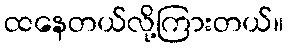
ထနေတယ်လို့ကြားတယ်။